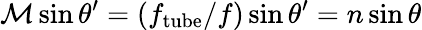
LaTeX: \mathcal{M}\sin\theta^{\prime}=(f_{\mathrm{tube}}/f)\sin\theta^{\prime}=n\sin\theta